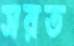
সরত